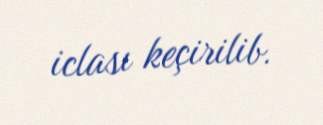
iclası keçirilib.